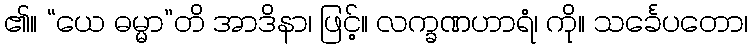
၏။ “ယေ ဓမ္မာ”တိ အာဒိနာ၊ ဖြင့်။ လက္ခဏဟာရံ၊ ကို။ သင်္ခေပတော၊